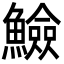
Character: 䲓